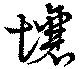
壌